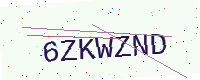
Text: 6ZKWZND